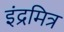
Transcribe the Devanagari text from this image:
इंद्रमित्र